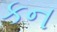
કન